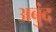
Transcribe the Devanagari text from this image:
अबुंद